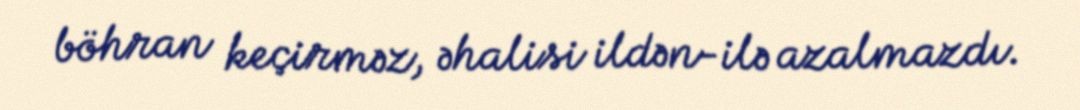
böhran keçirməz, əhalisi ildən-ilə azalmazdı.